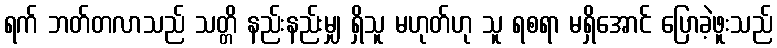
ရက် ဘတ်တလာသည် သတ္တိ နည်းနည်းမျှ ရှိသူ မဟုတ်ဟု သူ ရစရာ မရှိအောင် ပြောခဲ့ဖူးသည်